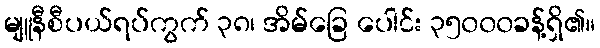
မျူနီစီပယ်ရပ်ကွက် ၃၈၊ အိမ်ခြေ ပေါင်း ၃၅၀၀၀ခန့်ရှိ၏။